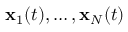
\mathbf { x } _ { 1 } ( t ) , \ldots , \mathbf { x } _ { N } ( t )